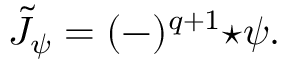
\tilde { J } _ { \psi } = ( - ) ^ { q + 1 } { \star \psi } .